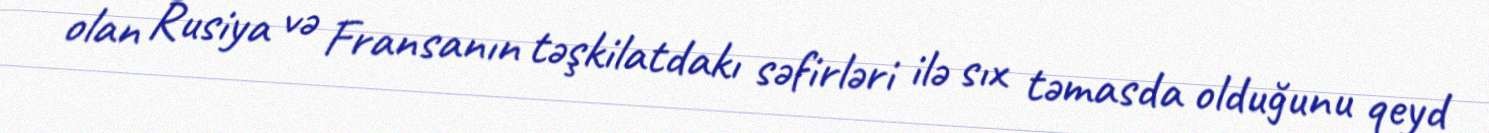
olan Rusiya və Fransanın təşkilatdakı səfirləri ilə sıx təmasda olduğunu qeyd